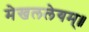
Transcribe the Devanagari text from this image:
मेखललेयम्॥